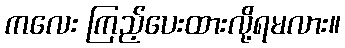
ကလေး ကြည့်ပေးထားလို့ရမလား။